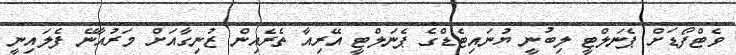
ވެޓްފޯޑަށް ޕެނަލްޓީ ލިބުނީ ޔުނައިޓެޑްގެ ޕެނަލްޓީ އޭރިއާ ތެރެއިން ޒުނިގާއަށް މަރުއާނޭ ފެލައިނީ